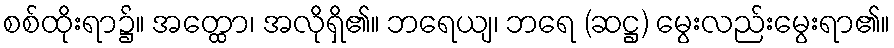
စစ်ထိုးရာ၌။ အတ္ထော၊ အလိုရှိ၏။ ဘရေယျ၊ ဘရေ (ဆဋ္ဌ) မွေးလည်းမွေးရာ၏။